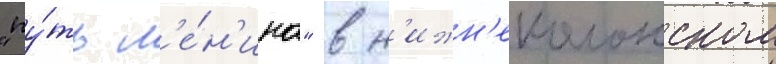
"пу́ть л'е́н'ина" в н'ижн'еколонском